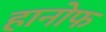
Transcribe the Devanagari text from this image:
हानोफ